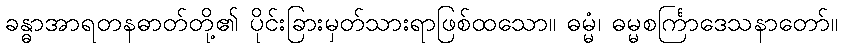
ခန္ဓာအာရတနဓာတ်တို့၏ ပိုင်းခြားမှတ်သားရာဖြစ်ထသော။ ဓမ္မံ၊ ဓမ္မစင်္ကြာဒေသနာတော်။